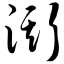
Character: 澌